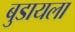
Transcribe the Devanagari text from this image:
बुडायला